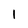
Character: l